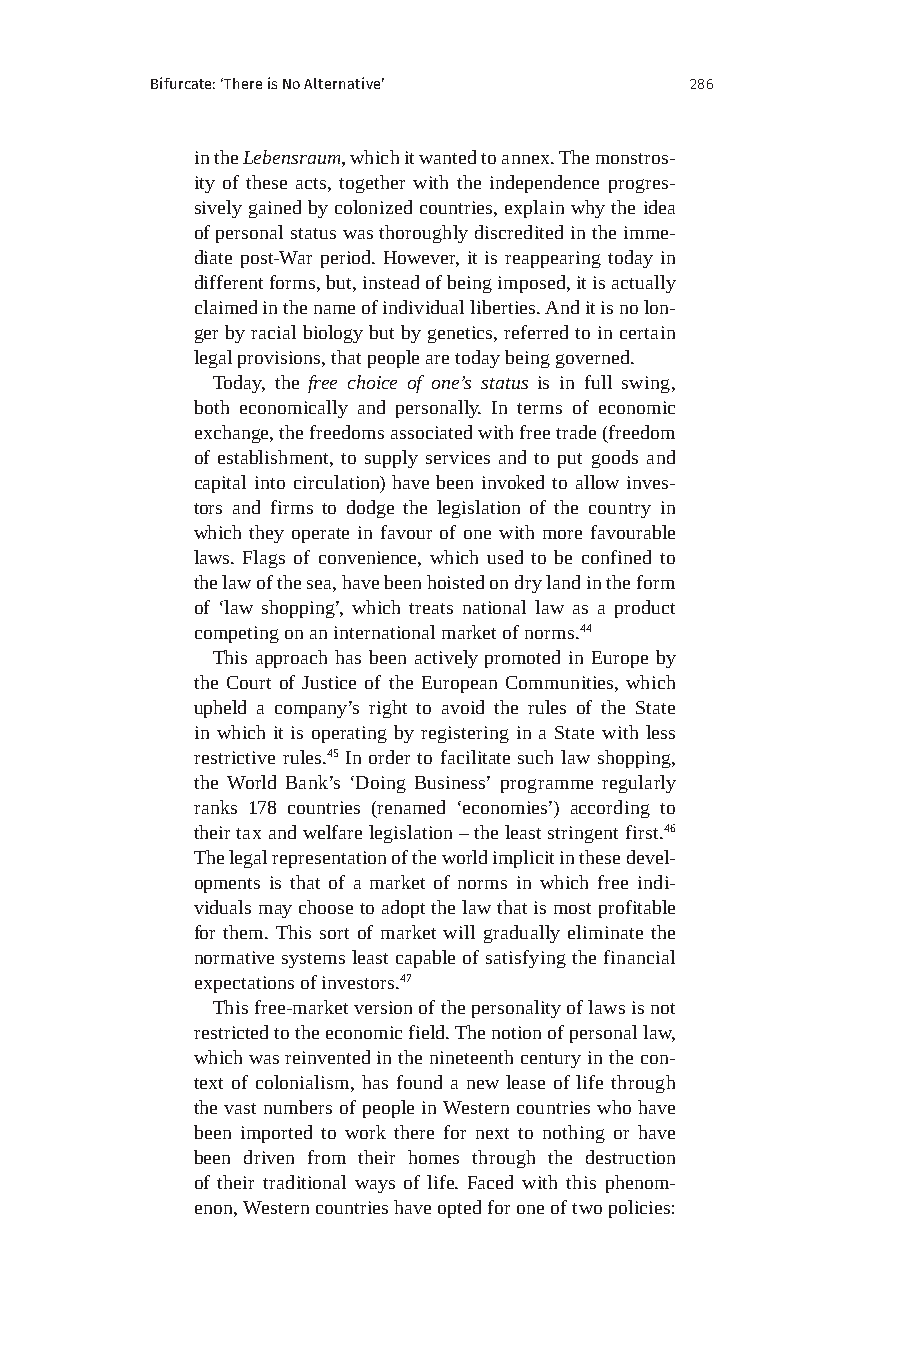
Bifurcate: ‘There is No Alternative’ 286
 in the Lebensraum, which it wanted to annex. The monstros-
 ity of these acts, together with the independence progres-
 sively gained by colonized countries, explain why the idea
 of personal status was thoroughly discredited in the imme-
 diate post-War period. However, it is reappearing today in
 different forms, but, instead of being imposed, it is actually
 claimed in the name of individual liberties. And it is no lon-
 ger by racial biology but by genetics, referred to in certain
 legal provisions, that people are today being governed.
 Today, the free choice of one’s status is in full swing,
 both economically and personally. In terms of economic
 exchange, the freedoms associated with free trade (freedom
 of establishment, to supply services and to put goods and
 capital into circulation) have been invoked to allow inves-
 tors and firms to dodge the legislation of the country in
 which they operate in favour of one with more favourable
 laws. Flags of convenience, which used to be confined to
 the law of the sea, have been hoisted on dry land in the form
 of ‘law shopping’, which treats national law as a product
 competing on an international market of norms.44
 This approach has been actively promoted in Europe by
 the Court of Justice of the European Communities, which
 upheld a company’s right to avoid the rules of the State
 in which it is operating by registering in a State with less
 restrictive rules.45 In order to facilitate such law shopping,
 the World Bank’s ‘Doing Business’ programme regularly
 ranks 178 countries (renamed ‘economies’) according to
 their tax and welfare legislation – the least stringent first.46
 The legal representation of the world implicit in these devel-
 opments is that of a market of norms in which free indi-
 viduals may choose to adopt the law that is most profitable
 for them. This sort of market will gradually eliminate the
 normative systems least capable of satisfying the financial
 expectations of investors.47
 This free-market version of the personality of laws is not
 restricted to the economic field. The notion of personal law,
 which was reinvented in the nineteenth century in the con-
 text of colonialism, has found a new lease of life through
 the vast numbers of people in Western countries who have
 been imported to work there for next to nothing or have
 been driven from their homes through the destruction
 of their traditional ways of life. Faced with this phenom-
 enon, Western countries have opted for one of two policies: